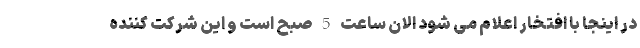
در اینجا با افتخار اعلام می شود الان ساعت 5 صبح است و این شرکت کننده